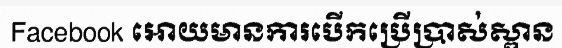
Facebook អោយមានការបើកប្រើប្រាស់ស្ពាន